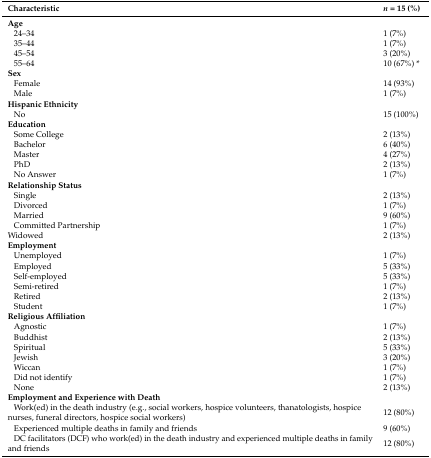
<table><thead><tr><td><b>Characteristic</b></td><td><b><i>n</i> = 15 (%)</b></td></tr></thead><tbody><tr><td><b>Age</b></td><td></td></tr><tr><td> 24–34</td><td>1 (7%)</td></tr><tr><td> 35–44</td><td>1 (7%)</td></tr><tr><td> 45–54</td><td>3 (20%)</td></tr><tr><td> 55–64</td><td>10 (67%) *</td></tr><tr><td><b>Sex</b></td><td></td></tr><tr><td> Female</td><td>14 (93%)</td></tr><tr><td> Male</td><td>1 (7%)</td></tr><tr><td><b>Hispanic Ethnicity</b></td><td></td></tr><tr><td> No</td><td>15 (100%)</td></tr><tr><td><b>Education</b></td><td></td></tr><tr><td> Some College</td><td>2 (13%)</td></tr><tr><td> Bachelor</td><td>6 (40%)</td></tr><tr><td> Master</td><td>4 (27%)</td></tr><tr><td> PhD</td><td>2 (13%)</td></tr><tr><td> No Answer</td><td>1 (7%)</td></tr><tr><td><b>Relationship Status</b></td><td></td></tr><tr><td> Single </td><td>2 (13%)</td></tr><tr><td> Divorced</td><td>1 (7%)</td></tr><tr><td> Married</td><td>9 (60%)</td></tr><tr><td> Committed Partnership</td><td>1 (7%)</td></tr><tr><td> Widowed</td><td>2 (13%)</td></tr><tr><td><b>Employment</b></td><td></td></tr><tr><td> Unemployed</td><td>1 (7%)</td></tr><tr><td> Employed</td><td>5 (33%)</td></tr><tr><td> Self-employed</td><td>5 (33%)</td></tr><tr><td> Semi-retired</td><td>1 (7%)</td></tr><tr><td> Retired</td><td>2 (13%)</td></tr><tr><td> Student</td><td>1 (7%)</td></tr><tr><td><b>Religious Affiliation</b></td><td></td></tr><tr><td> Agnostic</td><td>1 (7%)</td></tr><tr><td> Buddhist</td><td>2 (13%)</td></tr><tr><td> Spiritual</td><td>5 (33%)</td></tr><tr><td> Jewish</td><td>3 (20%)</td></tr><tr><td> Wiccan</td><td>1 (7%)</td></tr><tr><td> Did not identify</td><td>1 (7%)</td></tr><tr><td> None</td><td>2 (13%)</td></tr><tr><td><b>Employment and Experience with Death</b></td><td></td></tr><tr><td> Work(ed) in the death industry (e.g., social workers, hospice volunteers, thanatologists, hospice nurses, funeral directors, hospice social workers)</td><td>12 (80%)</td></tr><tr><td> Experienced multiple deaths in family and friends</td><td>9 (60%)</td></tr><tr><td> DC facilitators (DCF) who work(ed) in the death industry and experienced multiple deaths in family and friends</td><td>12 (80%)</td></tr></tbody></table>